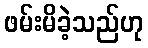
ဖမ်းမိခဲ့သည်ဟု